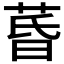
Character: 𮏚